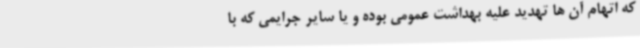
که اتهام آن ها تهدید علیه بهداشت عمومی بوده و یا سایر جرایمی که با